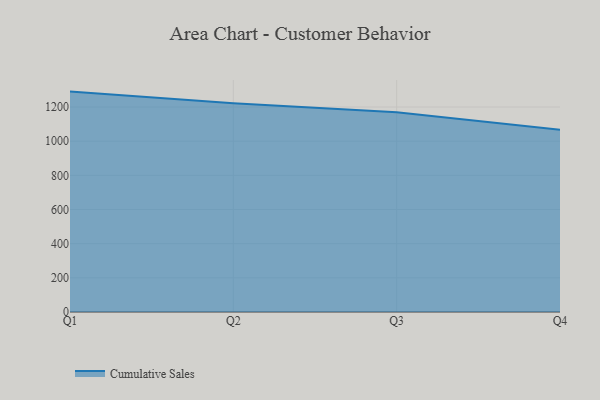
{"axis": {"x": "Quarter", "y": "Customer Acquisition Cost (USD)"}, "legend": ["Cumulative Sales"], "data": [{"x": "Q1", "y": 1290.3, "type": "Cumulative Sales"}, {"x": "Q2", "y": 1221.8, "type": "Cumulative Sales"}, {"x": "Q3", "y": 1170.0, "type": "Cumulative Sales"}, {"x": "Q4", "y": 1066.7, "type": "Cumulative Sales"}]}